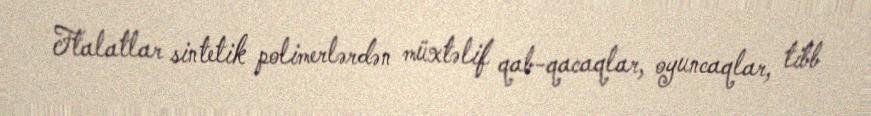
Ftalatlar sintetik polimerlərdən müxtəlif qab-qacaqlar, oyuncaqlar, tibb